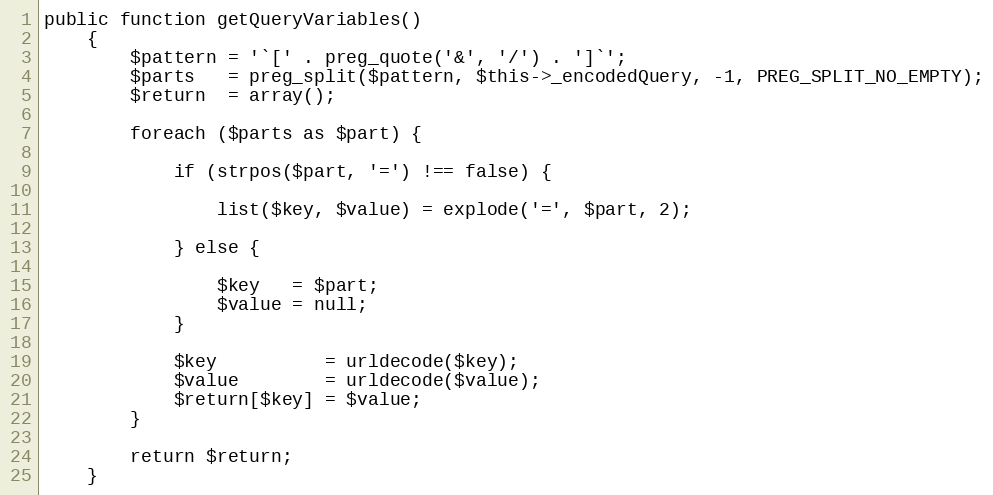
Language: PHP
public function getQueryVariables()
    {
        $pattern = '`[' . preg_quote('&', '/') . ']`';
        $parts   = preg_split($pattern, $this->_encodedQuery, -1, PREG_SPLIT_NO_EMPTY);
        $return  = array();

        foreach ($parts as $part) {

            if (strpos($part, '=') !== false) {

                list($key, $value) = explode('=', $part, 2);

            } else {

                $key   = $part;
                $value = null;
            }

            $key          = urldecode($key);
            $value        = urldecode($value);
            $return[$key] = $value;
        }

        return $return;
    }